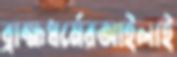
ব্রাহ্মধর্মেরআইলাই